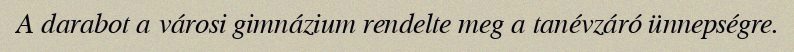
A darabot a városi gimnázium rendelte meg a tanévzáró ünnepségre.